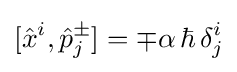
[{\hat {x}}^{i},{\hat {p}}_{j}^{\pm }]=\mp \alpha \,\hbar \,\delta _{j}^{i}